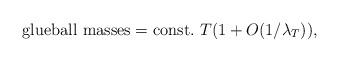
LaTeX: \begin{align*}{\rm glueball~masses=const.}~T(1+O(1/\lambda_T)),\end{align*}